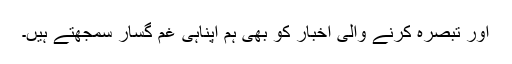
اور تبصرہ کرنے والی اخبار کو بھی ہم اپناہی غم گسار سمجھتے ہیں۔